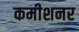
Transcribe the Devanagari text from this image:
कमीशनर